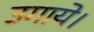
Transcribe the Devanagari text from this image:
उगाये।